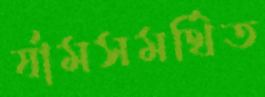
র‍্যামসমর্থিত